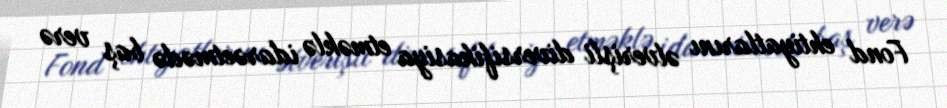
Fond ehtiyatlarını əlverişli diversifikasiya etməklə idarəetmədə baş verə